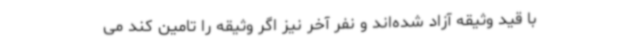
با قید وثیقه آزاد شده‌اند و نفر آخر نیز اگر وثیقه را تامین کند می